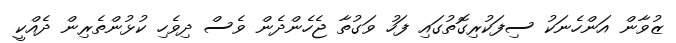
ޒުވާން އަންހެނަކު ސިފަކުރިގޮތުގައި ފަހު ވަގުތާ ޖެހެންދެން ވެސް ދިވެހި ކުޅުންތެރިން ދެއްކީ